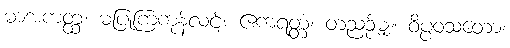
မာအကတ္ထ၊ မပြုကြကုန်လင့်။ ဧကရတ္တံ၊ တညဉ့်မျှ။ ဝိပ္ပဝသတော၊